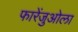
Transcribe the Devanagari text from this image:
फारेंजुओला